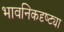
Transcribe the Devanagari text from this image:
भावनिकदृष्‍ट्या